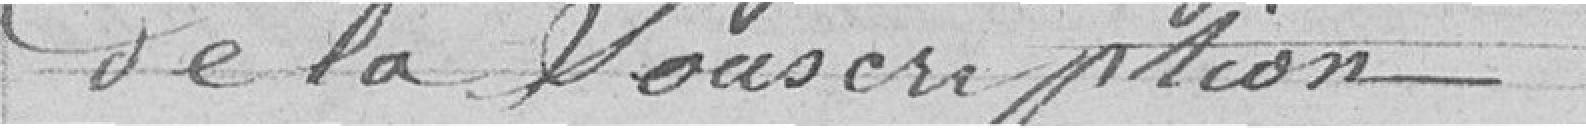
de la souscription.